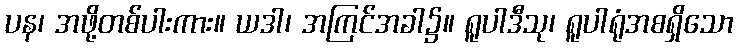
ပန၊ အဖို့တစ်ပါးကား။ ယဒါ၊ အကြင်အခါ၌။ ရူပါဒီသု၊ ရူပါရုံအစရှိသော